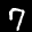
Label: 7